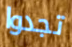
تجدوا